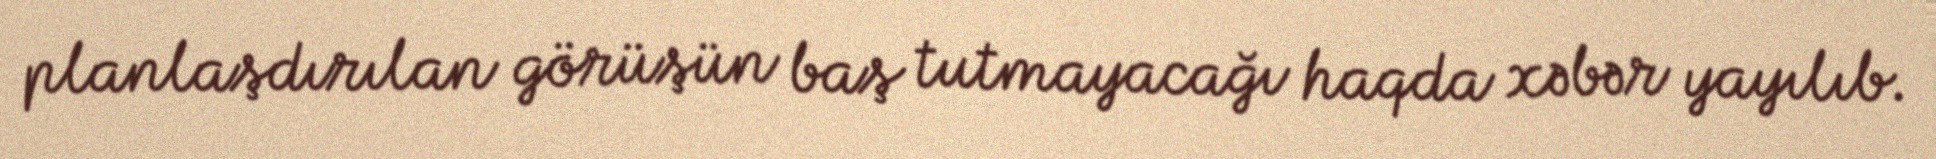
planlaşdırılan görüşün baş tutmayacağı haqda xəbər yayılıb.